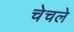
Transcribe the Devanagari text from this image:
चेचले